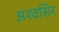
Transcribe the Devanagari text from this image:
अश्वसिर